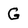
Character: G